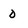
Character: D